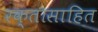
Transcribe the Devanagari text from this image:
रक्तासाहित